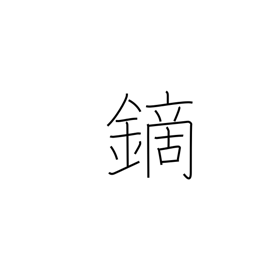
Meaning: arrowhead